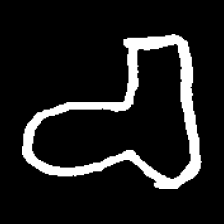
Pyu character \u2014 Myanmar letter: စ (romanized: ca)